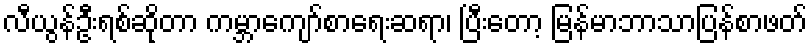
လီယွန်ဦးရစ်ဆိုတာ ကမ္ဘာကျော်စာရေးဆရာ၊ ပြီးတော့ မြန်မာဘာသာပြန်စာဖတ်